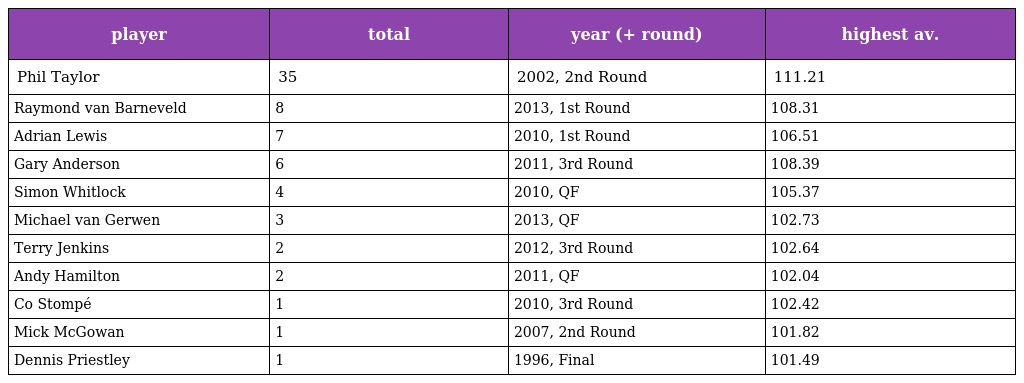
| player | total | year (+ round) | highest av. |
 | --- | --- | --- | --- |
 | Phil Taylor | 35 | 2002, 2nd Round | 111.21 |
 | Raymond van Barneveld | 8 | 2013, 1st Round | 108.31 |
 | Adrian Lewis | 7 | 2010, 1st Round | 106.51 |
 | Gary Anderson | 6 | 2011, 3rd Round | 108.39 |
 | Simon Whitlock | 4 | 2010, QF | 105.37 |
 | Michael van Gerwen | 3 | 2013, QF | 102.73 |
 | Terry Jenkins | 2 | 2012, 3rd Round | 102.64 |
 | Andy Hamilton | 2 | 2011, QF | 102.04 |
 | Co Stompé | 1 | 2010, 3rd Round | 102.42 |
 | Mick McGowan | 1 | 2007, 2nd Round | 101.82 |
 | Dennis Priestley | 1 | 1996, Final | 101.49 |